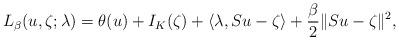
LaTeX: \begin{align*}L_{\beta}(u,\zeta;\lambda) = \theta(u) + I_K(\zeta) + \langle\lambda, Su - \zeta \rangle + \frac{\beta}{2}\|Su - \zeta\|^2,\end{align*}